Report on horse surra - Volume I
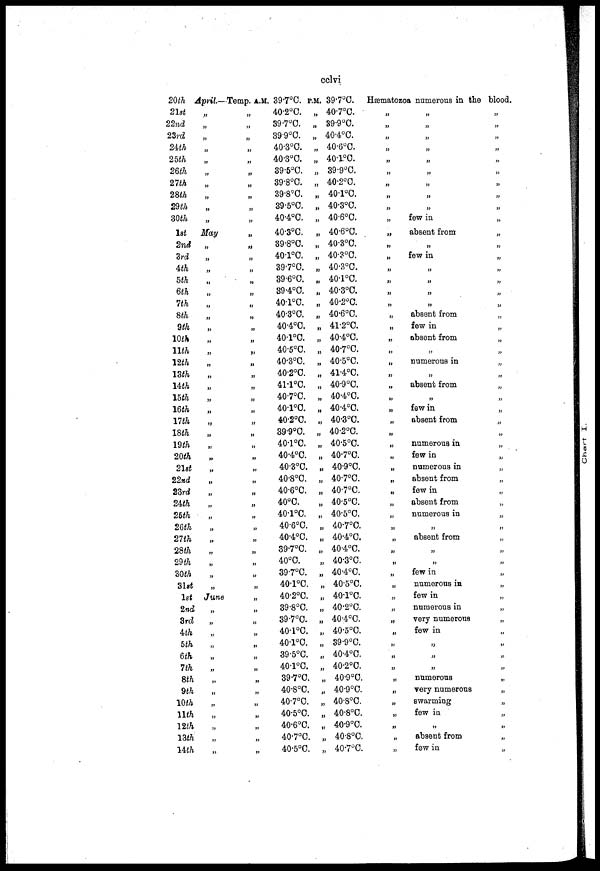
cclvi
20th
21st
22nd
23rd
24th
25th
26th
27th
28th
29th
30th
1st
2nd
3rd
4th
5th
6th
7th
8th
9th
10th
11th
12th
13th
14th
15th
16th
17th
18th
19th
20th
21st
22nd
23rd
24th
26th
26th
27th
28th
29th
30th
31st.
1st.
2nd
3rd
4th
5th
6th
7th
8th
9th
10th
11th
12th
13th
14th
April.—
„
„
„
„
„
„
„
„
„
„
„
„
„
„
„
„
„
„
„
„
„
„
„
„
„
„
„
„
„
„
„
„
„
„
„
„
„
„
„
„
„
„
„
„
„
„
„
„
„
„
„
„
„
„
„
Temp. A.M.
„
„
„
„
„
„
„
„
„
„
„
„
„
„
„
„
„
„
„
„
„
„
„
„
„
„
„
„
„
„
„
„
„
„
„
„
„
„
„
„
„
„
„
„
„
„
„
„
„
„
„
„
„
„
„
39.7°C.
40.2°C.
39.7°C.
39.9°C.
40.3°C.
40.3°C.
39.5°C.
39.8°C.
39.8.C.
39.5°C.
40.4°C.
40.3°C.
39.8°C.
40.1°C.
39.7°C.
39.6°C.
39.4°C.
40.1°C.
40.3°C.
40.4°C.
40.1°C.
40.5°C.
40.3°C.
40.2°C.
41.1°C,
40.7°C,
40.1°C.
40.2°C.
39.9°C.
40.1°C.
40.4°C.
40.3°C.
40.8°C.
40.6°C.
40°C.
40.1°C.
40.6°C.
40.4°C.
39.7°C.
40°C.
39.7°C.
40.1°C.
40.2°C.
39.8°C.
39.7°C.
40.1°C.
40.1°C.
39.5°C.
40.1°C.
39.7°C.
40.8°C.
40.7°C.
40.5°C.
40.6°C.
40.7°C.
40.5°C.
P.M.
„
„
„
„
„
„
„
„
„
„
„
„
„
„
„
„
„
„
„
„
„
„
„
„
„
„
„
„
„
„
„
„
„
„
„
„
„
„
„
„
„
„
„
„
„
„
„
„
„
„
„
„
„
„
„
39.7°C.
40.7°C.
39.9°C.
40.4°C.
40.6°C.
40.1°C.
39.9°C.
40.2°C.
40.1°C.
40.3°C.
40.6°C.
40.6°C.
40.3°C.
40.3°C.
40.3°C.
40.1°C.
40.3°C.
40.2°C.
40.6°C.
41.2°C.
40.4°C.
40.7°C.
40.5°C.
41.4°C.
40.9°C.
40.4°C.
40.4°C.
40.3°C.
40.2°C.
40.5°C.
40.7°C.
40.9°C.
40.7°C.
40.7°C.
40.5°C.
40.5°C.
40.7°C.
40.4°C.
40.4°C.
40.3°C.
40.4 C.
40.5°C.
40.1°C.
40.2°C.
40.4°C.
40.5°C.
39.9°C.
40.4°C.
40.2°C.
40.9°C.
40.9°C.
40.8°C.
40.8°C.
40.9°C.
40.8°C.
40.7°C.
Hæmatozoa numerous in the
„
„
„
„
„
„
„
„
„
„
„
„
„
„
„
„
„
„
„
„
„
„
„
„
„
„
„
„
„
„
„
„
„
„
„
„
„
„
„
„
„
„
„
„
„
„
„
„
„
„
„
„
„
„
„
„
„
„
„
„
„
„
„
„
few in
absent from
„
few in
„
„
„
„
absent from
few in
absent from
„
numerous in
„
absent from
„
few in
absent from
numerous in
few in
numerous in
absent from
few in
absent from
numerous in
„
absent from
„
„
few in
numerous in
few in
numerous in
very numerous
few in
„
„
„
numerous
very numerous
swarming
few in
„
absent from
few in
blood.
„
„
„
„
„
„
„
„
„
„
„
„
„
„
„
„
„
„
„
„
„
„
„
„
„
„
„
„
„
„
„
„
„
„
„
„
„
„
„
„
„
„
„
„
„
„
„
„
„
„
„
„
„
„
„